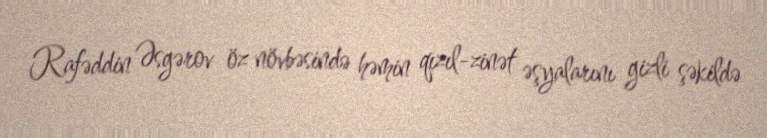
Rafəddin Əsgərov öz növbəsində həmin qızıl-zinət əşyalarını gizli şəkildə